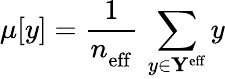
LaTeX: \mu[y]=\frac{1}{n_{\mathrm{eff}}^{\mathrm{}}}\, \sum_{y\in\mathbf{Y}^{\mathrm{eff}}}y